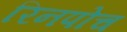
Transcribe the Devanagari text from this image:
रिनपोच